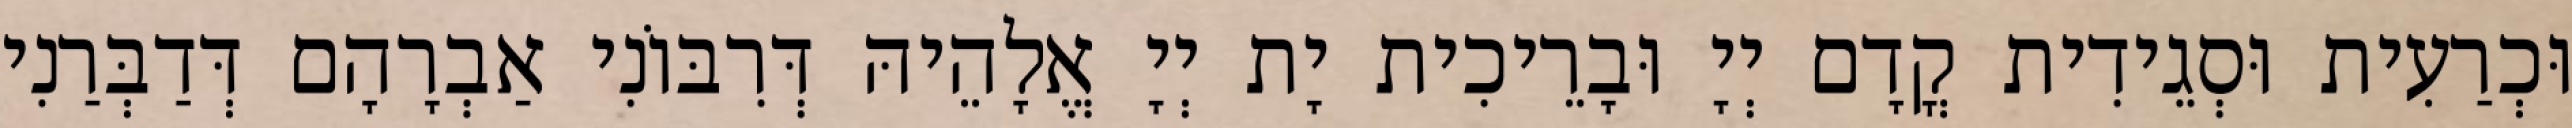
וּכְרַעִית וּסְגֵידִית קֳדָם יְיָ וּבָרֵיכִית יָת יְיָ אֱלָהֵיהּ דְּרִבּוֹנִי אַבְרָהָם דְּדַבְּרַנִי